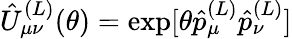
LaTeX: \hat{U}_{\mu\nu}^{(L)}(\theta)=\exp[\theta\hat{p}_{\mu}^{(L)}\hat{p}_{\nu}^{(L)}]